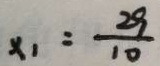
x _ { 1 } = \frac { 2 9 } { 1 0 }